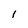
Character: l